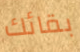
بقائك